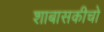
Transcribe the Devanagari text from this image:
शाबासकीचो